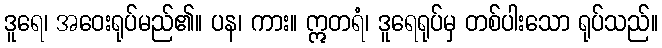
ဒူရေ၊ အဝေးရုပ်မည်၏။ ပန၊ ကား။ ဣတရံ၊ ဒူရေရုပ်မှ တစ်ပါးသော ရုပ်သည်။